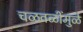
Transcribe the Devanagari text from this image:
चळवळींमुळे